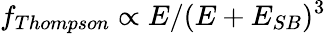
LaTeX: f_{Thompson}\propto E/(E+E_{SB})^{3}